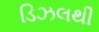
ડિઝલથી